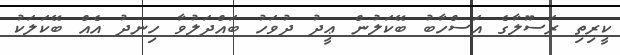
ކީރިތި ރަސޫލާގެ އަސްހާބު ބޭކަލުން ޢީދު ދުވަހު ބައްދަލުވާ ހިނދު އެއް ބޭކަލަކު